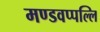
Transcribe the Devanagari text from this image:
मण्डवप्पल्लि